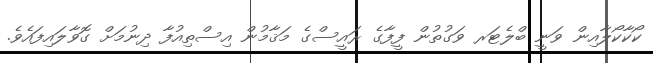
ކޯކާކޯލާއިން ވަނީ ބްލެޓަރ ވަގުތުން ފީފާގެ ރައީސްގެ މަޤާމުން އިސްތިއުފާ ދިނުމަށް ގޮވާލައިފައެވެ.